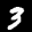
Label: 3